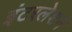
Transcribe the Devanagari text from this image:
इंटरलेशन